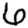
Digit: 6